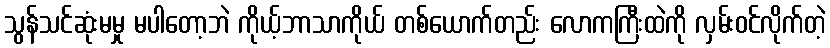
သွန်သင်ဆုံးမမှု မပါတော့ဘဲ ကိုယ့်ဘာသာကိုယ် တစ်ယောက်တည်း လောကကြီးထဲကို လှမ်းဝင်လိုက်တဲ့